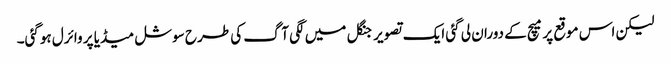
لیکن اس موقع پر میچ کے دوران لی گئی ایک تصویر جنگل میں لگی آگ کی طرح سوشل میڈیا پر وائرل ہوگئی۔